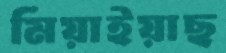
মিয়াইয়াছ